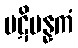
ပဋိပန္နကံ